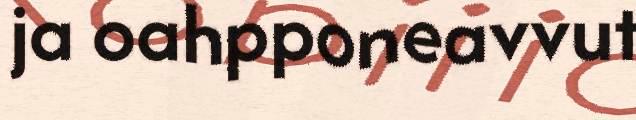
ja oahpponeavvut